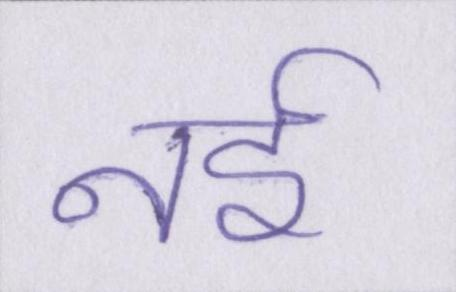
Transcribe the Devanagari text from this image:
नई